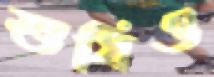
শুধিও